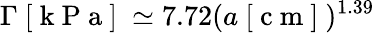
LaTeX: \Gamma\mathrm{~[~k~P~a~]~}\simeq 7.72(a\mathrm{~[~c~m~]~})^{1.39}